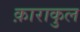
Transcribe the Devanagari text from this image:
क़ाराकुल